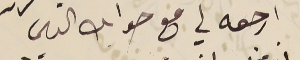
ارجعه لي مع جوابك التاني